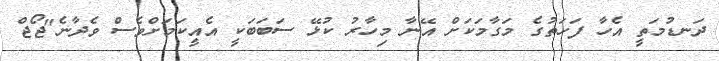
ދަނޑުމަތީ އެހާ ފަހަތުގެ މަގާމަކަށް އޭނާ މިހާރު ކުޅޭ ސަބަބަކީ އެއީކަމަށްވެސް ވެދާނެ"ޖޯޖް